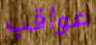
عواقب